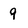
Character: 9